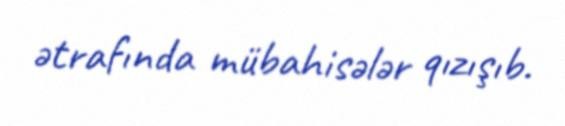
ətrafında mübahisələr qızışıb.